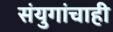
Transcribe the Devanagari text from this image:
संयुगांचाही